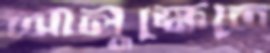
আলুক্ষেতে